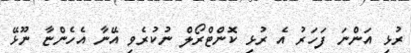
ރުޅި އަންނަ ފަހަރު އެ ރުޅި ކޮންޓްރޯލް ނުކުރެވި އޭނާ އެހެންޏާ ނޫޅޭ